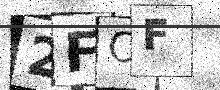
Text: 2FOF